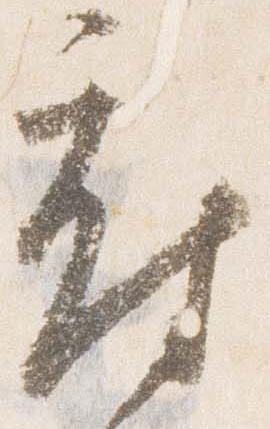
府